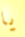
يا